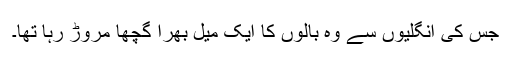
جس کی انگلیوں سے وہ بالوں کا ایک میل بھرا گچھا مروڑ رہا تھا۔